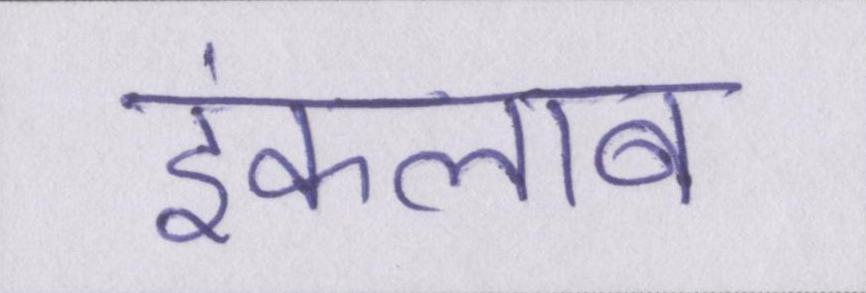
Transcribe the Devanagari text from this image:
इंकलाब